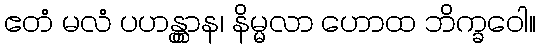
ဧတံ မလံ ပဟန္တွာန၊ နိမ္မလာ ဟောထ ဘိက္ခဝေါ။